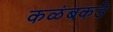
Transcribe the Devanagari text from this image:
कळंबकडे